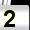
Digit: 2